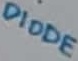
Text: DIODE